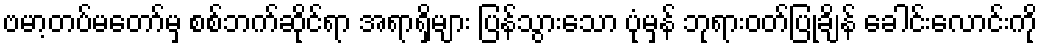
ဗမာ့တပ်မတော်မှ စစ်ဘက်ဆိုင်ရာ အရာရှိများ ပြန်သွားသော ပုံမှန် ဘုရားဝတ်ပြုချိန် ခေါင်းလောင်းကို